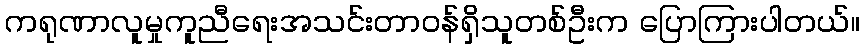
ကရုဏာလူမှုကူညီရေးအသင်းတာဝန်ရှိသူတစ်ဦးက ပြောကြားပါတယ်။